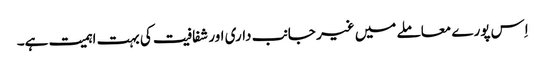
اِس پورے معاملے میں غیر جانب داری اور شفافیت کی بہت اہمیت ہے۔